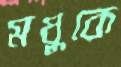
মধুকে